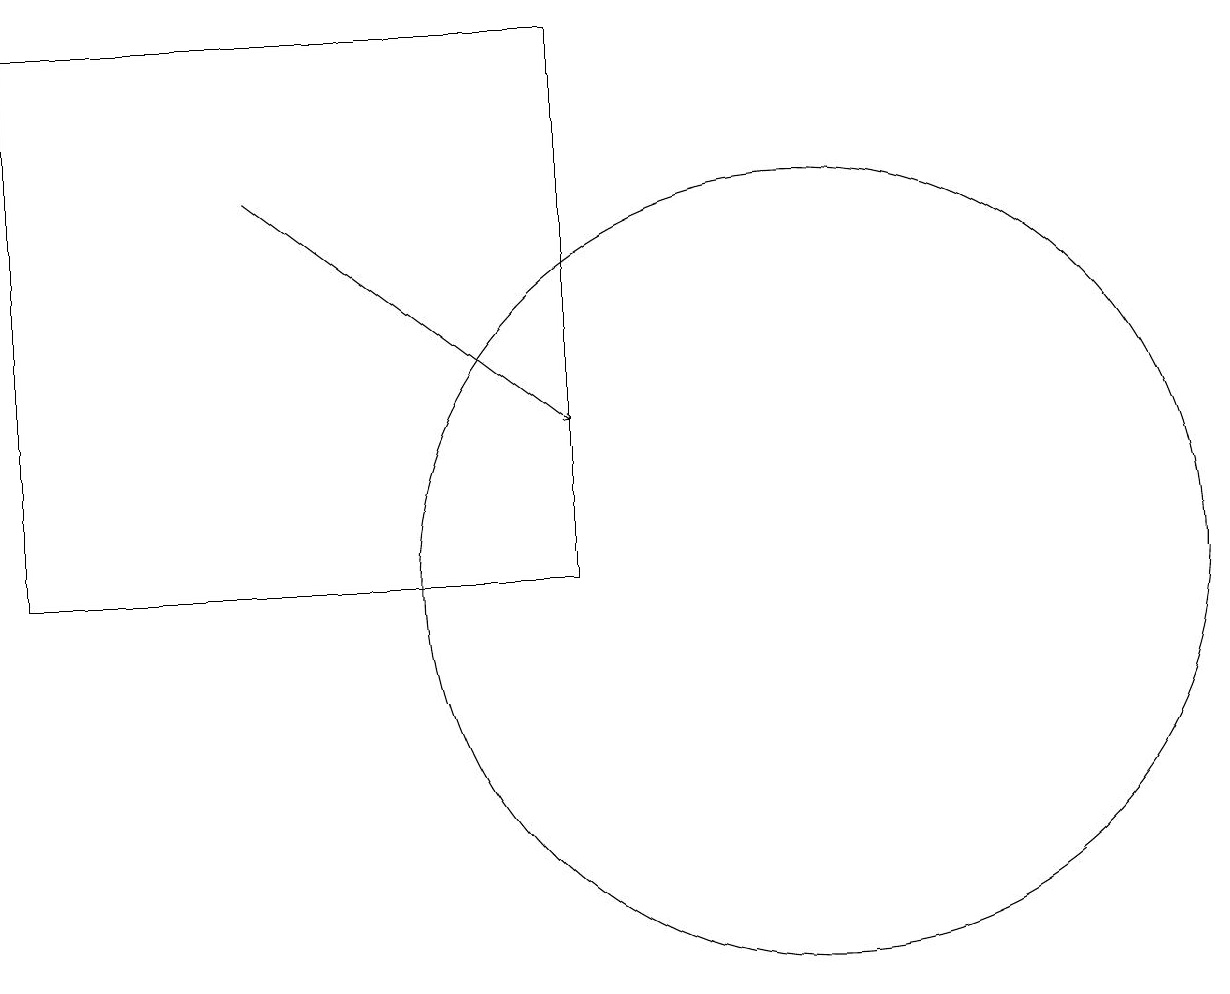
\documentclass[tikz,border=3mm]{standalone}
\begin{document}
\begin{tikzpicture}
\draw[->] (3,15) -- (7,12);
\draw (10,10) circle (5);
\draw (7,17) rectangle (0,10);
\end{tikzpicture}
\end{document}